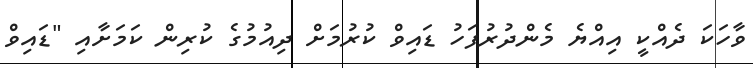
ވާހަކަ ދެއްކީ އިއްޔެ މެންދުރުފަހު ޑައިވް ކުރުމަށް ދިއުމުގެ ކުރިން ކަމަށާއި "ޑައިވް